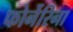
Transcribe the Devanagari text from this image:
फोर्नेरिना